Reports on military cantonments and civil stations in the Presidency of Bombay inspected by the Sanitary Commissioner in the years 1875 and 1876
Year: 1875
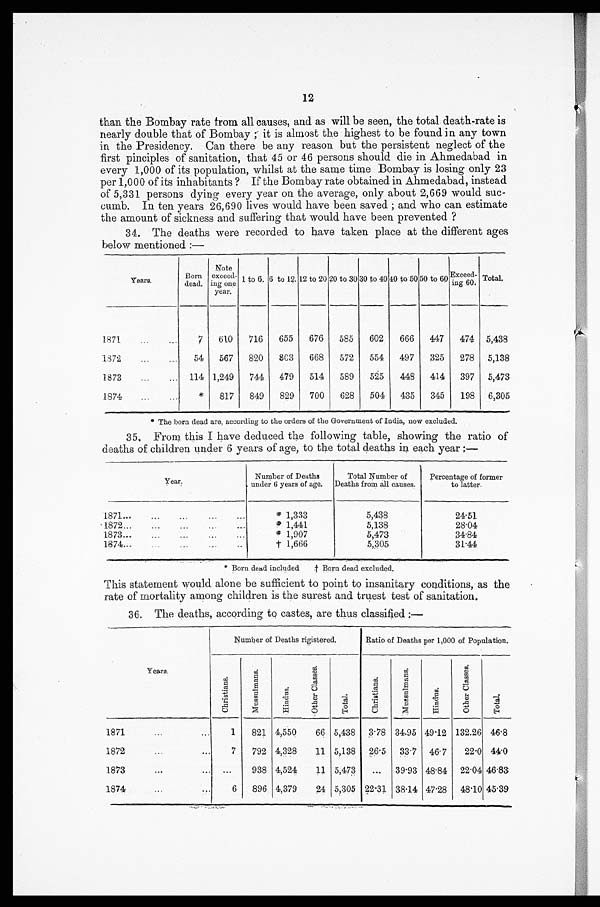
12
than the Bombay rate from all causes, and as will be seen, the total death-rate is
nearly double that of Bombay ; it is almost the highest to be found in any town
in the Presidency. Can there be any reason but the persistent neglect of the
first pinciples of sanitation, that 45 or 46 persons should die in Ahmedabad in
every 1,000 of its population, whilst at the same time Bombay is losing only 23
per 1,000 of its inhabitants ? If the Bombay rate obtained in Ahmedabad, instead
of 5,331 persons dying every year on the average, only about 2,669 would suc
-
cumb. In ten years 26,690 lives would have been saved ; and who can estimate
the amount of sickness and suffering that would have been prevented ?
34. The deaths were recorded to have taken place at the different ages
below mentioned :—
Y e a r s .
B o r n
d e a d .
Note
exceed-
ing one
year.
1 to 6. 6 to 12. 12 to 20 20 to 30 30 to 40 40 to 50 50 to60
E x c e e d -
ing 60.
Total.
1871 . . .
7
610
716
655
676
585
602
666
447
474 5,438
1872 . . .
54
567
820 803
668
572
554
497
325
278 5,138
1873 . . .
114 1,249
744 479
514
589
525
448
414
397 5,473
1874 . . .
*
817
849
829
700
628
504
435
345
198 6,305
* The born dead are, according to the orders of the Government of India, now excluded.
35, From this I have deduced the following table, showing the ratio of
deaths of children under 6 years of age, to the total deaths in each year :—
y e a r .
Number of Deaths
under 6 years of age.
Total Number of
Deaths from all causes.
Percentage of former
to latter.
1871 . . .
* 1,333
5,438
24.51
1872 . . .
* 1,441
5,138
28.04
1873 . . .
* 1,907
5,473
34.84
1874 . . .
† 1,666
5,305
31.44
* Born dead included † Born dead excluded.
This statement would alone be sufficient to point to insanitary conditions, as the
rate of mortality among children is the surest and truest test of sanitation.
36. The deaths, according to castes, are thus classified :—
Y e a r s .
Number of Deaths rigistered.
Ratio of Deaths per 1,000 of Population.
C h r i s t i a n s .
M u s s u l m a n s .
H i n d u s .
O t h e r C l a s s e s .
T o t a l .
C h r i s t i a n s .
M u s s u l m a n s .
H i n d u s .
O t h e r C l a s s e s .
T o t a l .
1871 . . .
1
821 4,550
66 5,438 3.78 34.95 49.12 132.26 46.8
1 8 7 2 . . .
7
792 4,328
11 5,138 26.5 33.7 46.7
22.0 44.0
1873 . . .
. . .
938 4,524
1 1 5,473
. . .
39.93 48.84 22.04 46.83
1874 . . .
6
896 4,379
24 5,305 22.31 38.14 47.28
4 8 . 1 0 45.39